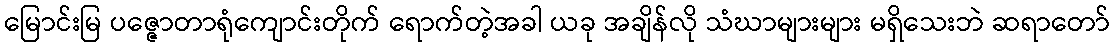
မြောင်းမြ ပဇ္ဇောတာရုံကျောင်းတိုက် ရောက်တဲ့အခါ ယခု အချိန်လို သံဃာများများ မရှိသေးဘဲ ဆရာတော်